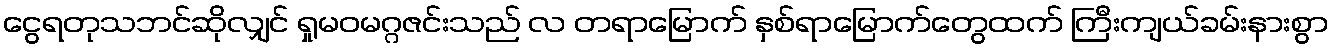
ငွေရတုသဘင်ဆိုလျှင် ရှုမဝမဂ္ဂဇင်းသည် လ တရာမြောက် နှစ်ရာမြောက်တွေထက် ကြီးကျယ်ခမ်းနားစွာ